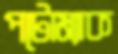
পটোম্যাক